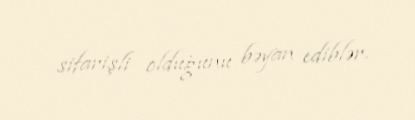
sifarişli olduğunu bəyan ediblər.